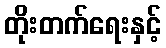
တိုးတက်ရေးနှင့်